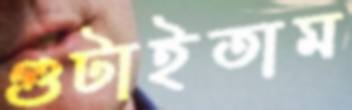
গুটাইতাম